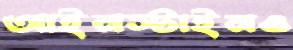
আইনস্টাইনও